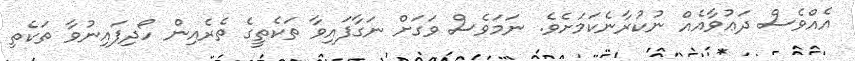
އެއްވެސް ދަޢުވާއެއް ނުކުރާނެކަމަށެވެ. ނަމަވެސް ވަގަށް ނަގާފައިވާ ތަކެތީގެ ތެރެއިން ހޯދިފައިނުވާ ތަކެތި